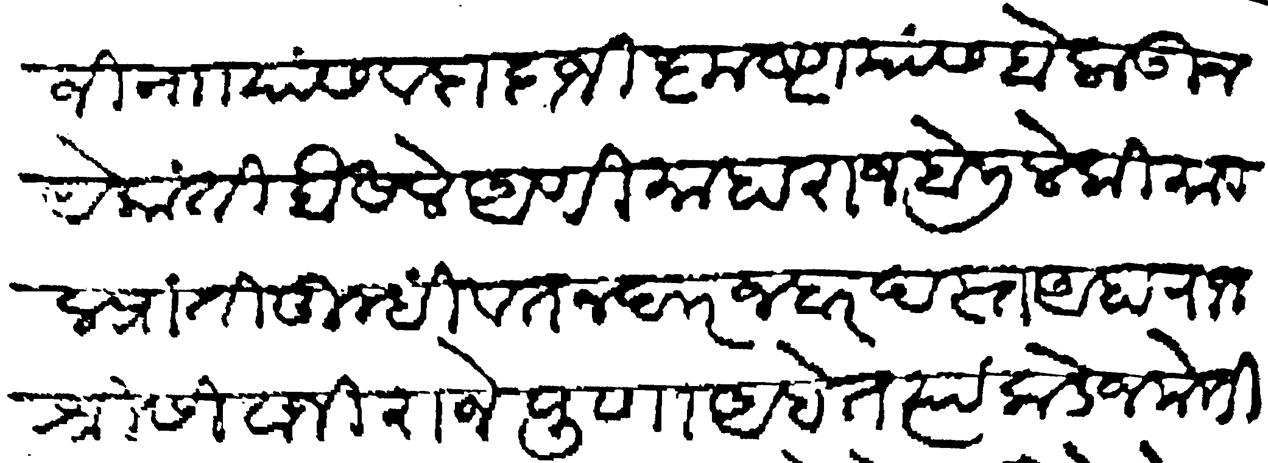
Transliteration (Devanagari): जी नाा यांस व दादाजी कृष्ण यांस बोलाऊन येकांती बैसले आणि माहाराज बोलिले की भावल प्रांती तुम्ही वतनदार जबरदस्त आहा राजश्री सिवाजी राजे पुणा आहेत त्यांकडे जमेतीनसी